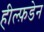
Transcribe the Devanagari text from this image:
हील्फ़डेन